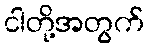
ငါတို့အတွက်